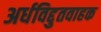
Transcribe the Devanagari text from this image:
अर्धविद्दुतवाहक